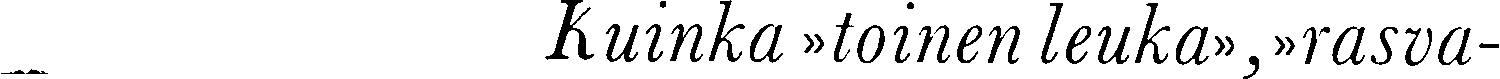
Kuinka »toinen leuka»,»rasva-